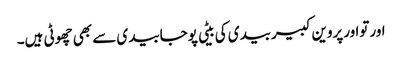
اورتواورپروین کبیربیدی کی بیٹی پوجابیدی سے بھی چھوٹی ہیں۔